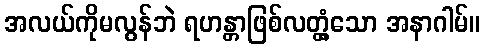
အလယ်ကိုမလွန်ဘဲ ရဟန္တာဖြစ်လတ္တံ့သော အနာဂါမ်။